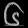
Digit: ၆